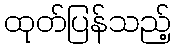
ထုတ်ပြန်သည့်